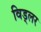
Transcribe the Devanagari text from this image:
विड्लर